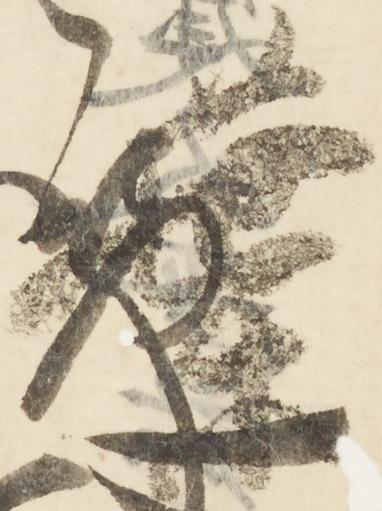
葉